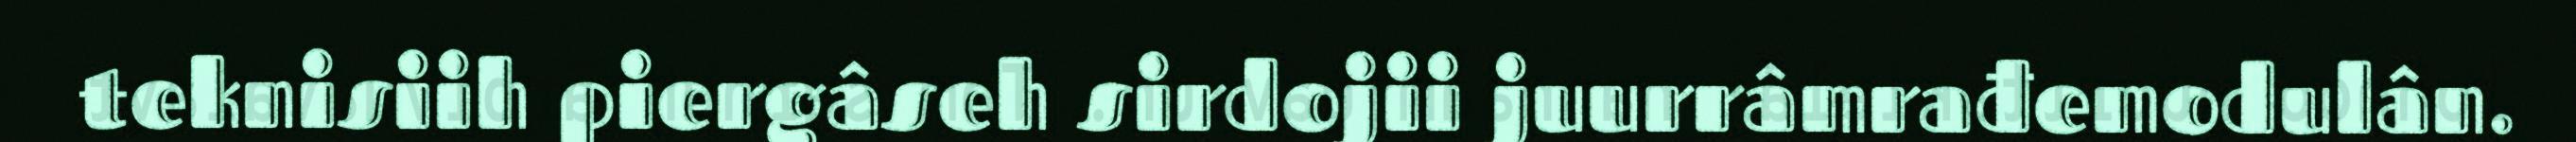
teknisiih piergâseh sirdojii juurrâmrađemodulân.